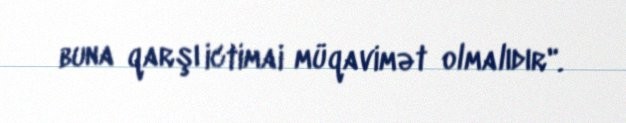
buna qarşı ictimai müqavimət olmalıdır".